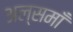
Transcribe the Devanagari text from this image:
अल्समाँ